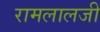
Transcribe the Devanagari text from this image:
रामलालजी